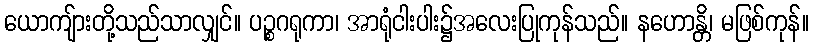
ယောကျ်ားတို့သည်သာလျှင်။ ပဉ္စဂရုကာ၊ အာရုံငါးပါး၌အလေးပြုကုန်သည်။ နဟောန္တိ၊ မဖြစ်ကုန်။